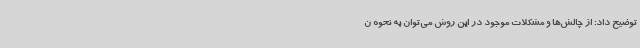
توضیح داد: از چالش‌ها و مشکلات موجود در این روش می‌توان به نحوه ن